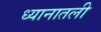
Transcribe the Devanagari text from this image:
ध्यानातली